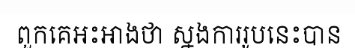
ពួកគេអះអាងថា ស្នងការរូបនេះបាន